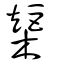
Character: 榘